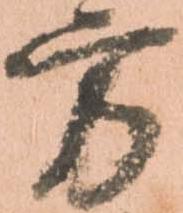
方